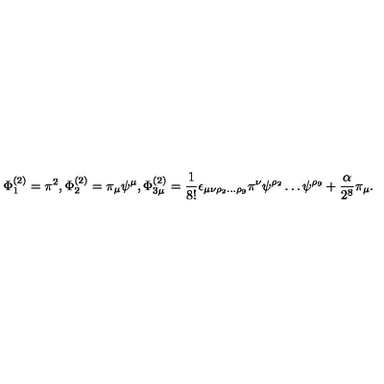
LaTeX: \Phi _ { 1 } ^ { ( 2 ) } = \pi ^ { 2 } , \Phi _ { 2 } ^ { ( 2 ) } = \pi _ { \mu } \psi ^ { \mu } , \Phi _ { 3 \mu } ^ { ( 2 ) } = \frac { 1 } { 8 ! } \epsilon _ { \mu \nu \rho _ { 2 } \ldots \rho _ { 9 } } \pi ^ { \nu } \psi ^ { \rho _ { 2 } } \ldots \psi ^ { \rho _ { 9 } } + \frac { \alpha } { 2 ^ { 8 } } \pi _ { \mu } .